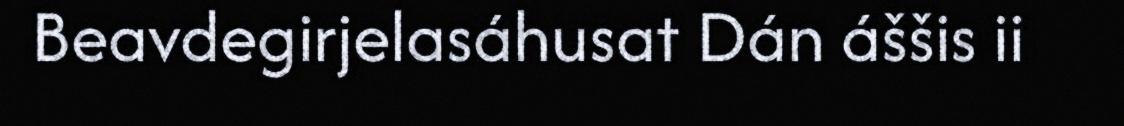
Beavdegirjelasáhusat Dán áššis ii